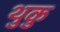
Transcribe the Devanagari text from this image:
थुकु